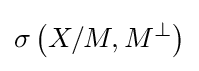
\sigma \left(X/M,M^{\perp }\right)